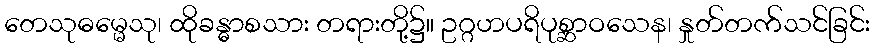
တေသုဓမ္မေသု၊ ထိုခန္ဓာစသား တရားတို့၌။ ဥဂ္ဂဟပရိပုစ္ဆာဝသေန၊ နှုတ်တက်သင်ခြင်း